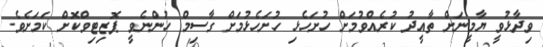
ވިދާޅުވީ ޔާމީނަށް ތާއީދު ކުރެއްވުމަށް ހުށަހެޅި ހުށަހެޅުމަށް ގާސިމް ހުންނެވީ ޕޮޒިޓިވްކޮށް ކަމަށެވެ.